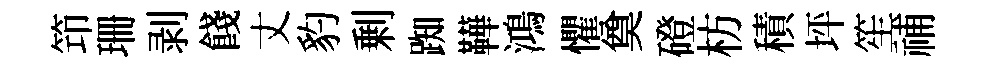
笻珊剥餞丈豹剰踟鞾鴻懼奠磴枋積坪笙𥙷